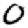
Digit: 0